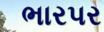
ભારપર